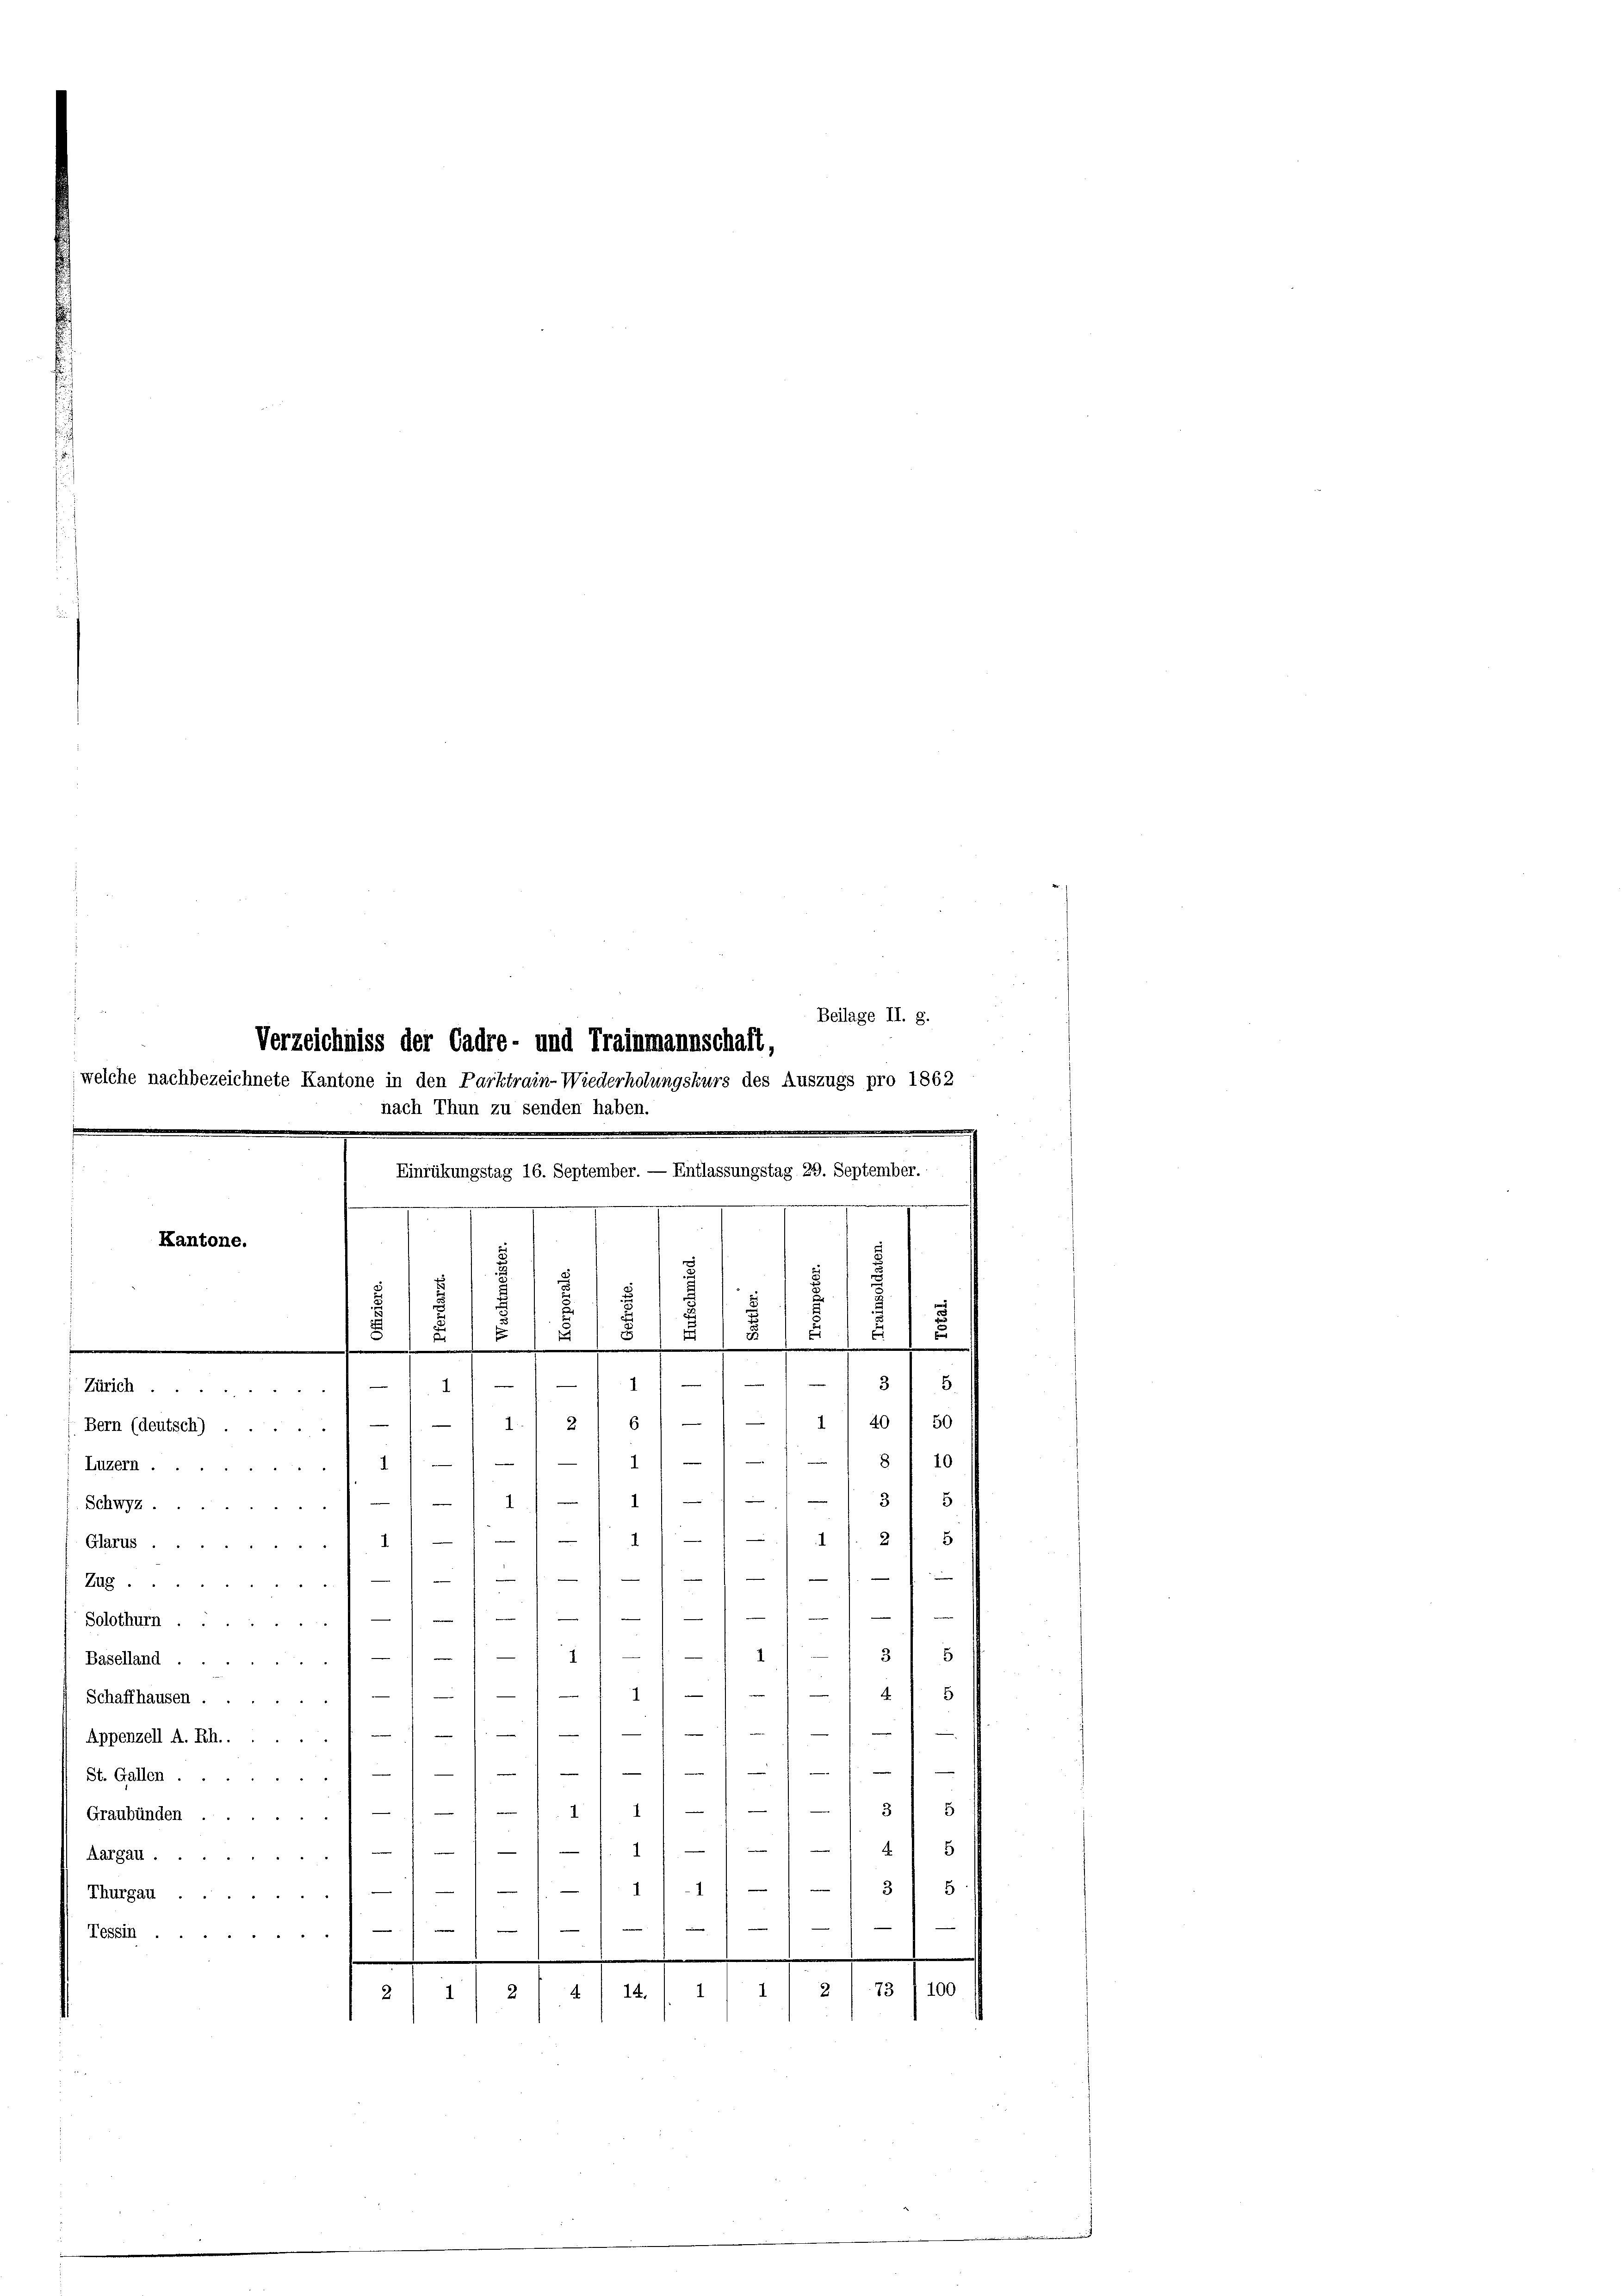
welche nachbezeichnete Kantone in den Parktrain-Wiederholungskurs des Auszugs pro 1862
nach Thun zu senden haben.
¬
Einrükungstag 16. September. — Entlassungstag 29. September.

e
Kantone.
.
1
18
¬
2
§ 1815/

Zürich
Bern (deutsch) 1/ 1.1 2) 6/
1181. 20
Luzern 1 1 1/
1
/3 1 5
2
Schwyz ..
 344
14 f. 218
1
Glarus
e

e
i
4
Zug
)

Solothurn.
2
x
88
Baselland.//// 1

2f 8
Schaffhausen
 ich an
—
.
Appenzell A. Rh. 1

11
1
St. Gallen
11/11 13) 8
Graubünden. — 1/
146
)
Aargau.
38
¬
Thurgau) 11/11/
e

¬

)
Tessin
.
e
.
/2/73 1100
2/3/ 2/4/14.

Verzeichniss der Cadre- und Trainmannschaft,

2
2
m

4
 1910
11
1) 20 f 50

Beilage II. 8.